Scientific memoirs by medical officers of the Army of India - Part VI,
Year: 1891
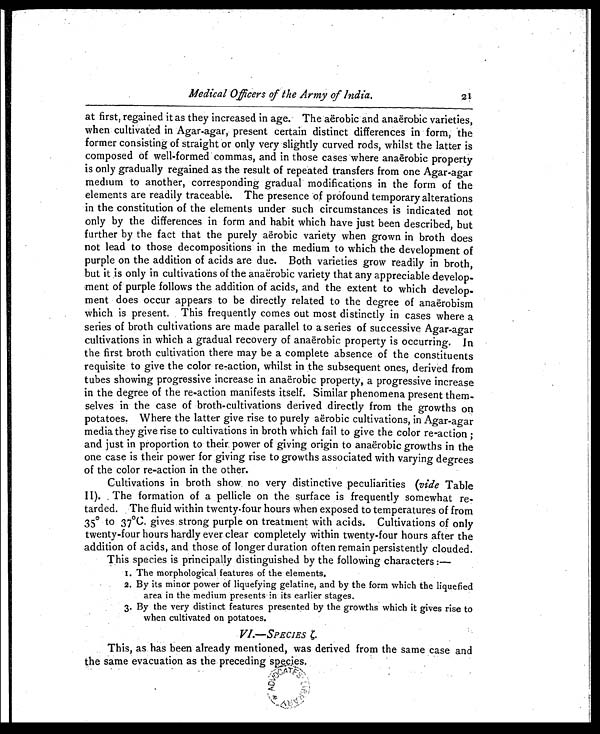
Medical Officers of the Army of India.
at first, regained it as they increased in age. The aërobic and anaërobic varieties,
when cultivated in Agar-agar, present certain distinct differences in form, the
former consisting of straight or only very slightly curved rods, whilst the latter is
composed of well-formed commas, and in those cases where anaërobic property
is only gradually regained as the result of repeated transfers from one Agar-agar
medium to another, corresponding gradual modifications in the form of the
elements are readily traceable. The presence of profound temporary alterations
in the constitution of the elements under such circumstances is indicated not
only by the differences in form and habit which have just been described, but
further by the fact that the purely aërobic variety when grown in broth does
not lead to those decompositions in the medium to which the development of
purple on the addition of acids are due. Both varieties grow readily in broth,
but it is only in cultivations of the anaërobic variety that any appreciable
d e v e l o p - m e n t o f p u r p l e f o l l o w s t h e a d d i t i o n o f a c i d s , a n d t h e e x t e n t t o w h i c h d e v e l o p -
ment does occur appears to be directly related to the degree of anaërobism
which is present. This frequently comes out most distinctly in cases where a
series of broth cultivations are made parallel to a series of successive Agar-agar
cultivations in which a gradual recovery of anaërobic property is occurring. In
the first broth cultivation there may be a complete absence of the constituents
requisite to give the color re-action, whilst in the subsequent ones, derived from
tubes showing progressive increase in anaërobic property, a progressive increase
in the degree of the re-action manifests itself. Similar phenomena present them-
selves in the case of broth-cultivations derived directly from the growths on
potatoes. Where the latter give rise to purely aerobic cultivations, in Agar-agar
media they give rise to cultivations in broth which fail to give the color re-action;
and just in proportion to their power of giving origin to anaerobic growths in the
one case is their power for giving rise to growths associated with varying degrees
of the color re-action in the other.
Cultivations in broth show no very distinctive peculiarities (vide Table
II). The formation of a pellicle on the surface is frequently somewhat re-
tarded. The fluid within twenty-four hours when exposed to temperatures of from
35° to 37°C. gives strong purple on treatment with acids. Cultivations of only
twenty-four hours hardly ever clear completely within twenty-four hours after the
addition of acids, and those of longer duration often remain persistently clouded.
This species is principally distinguished by the following characters : —
I. The morphological features of the elements.
2. By its minor power of liquefying gelatine, and sby the form which the liquefied
area in the medium presents in its earlier stages.
3.
By the very distinct features presented by the growths which it gives rise to
when cultivated on potatoes.
4.
VI.—SPECIES ξ .
This, as has been already mentioned, was derived from the same case and
the same evacuation as the preceding species.
21